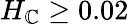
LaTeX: H_{\mathbb{C}}\geq0.02